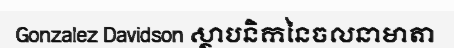
Gonzalez Davidson ស្ថាបនិកនៃចលនាមាតា